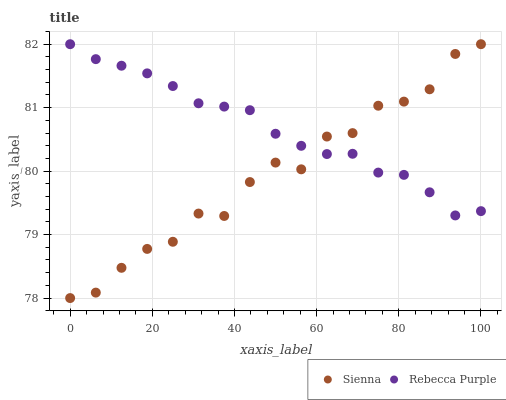
| xaxis_label | Sienna | Rebecca Purple |
 | --- | --- | --- |
 | 0 | 78 | 82 |
 | 6.25 | 78.1 | 81.8 |
 | 12.5 | 78.5 | 81.7 |
 | 18.8 | 78.8 | 81.5 |
 | 25 | 78.9 | 81.3 |
 | 31.2 | 79.3 | 81.1 |
 | 37.5 | 79.3 | 81 |
 | 43.8 | 79.8 | 81 |
 | 50 | 80.1 | 80.6 |
 | 56.2 | 80 | 80.4 |
 | 62.5 | 80.5 | 80.3 |
 | 68.8 | 80.6 | 80.3 |
 | 75 | 81 | 80 |
 | 81.2 | 81.1 | 79.9 |
 | 87.5 | 81.3 | 79.7 |
 | 93.8 | 81.8 | 79.3 |
 | 100 | 82 | 79.4 |